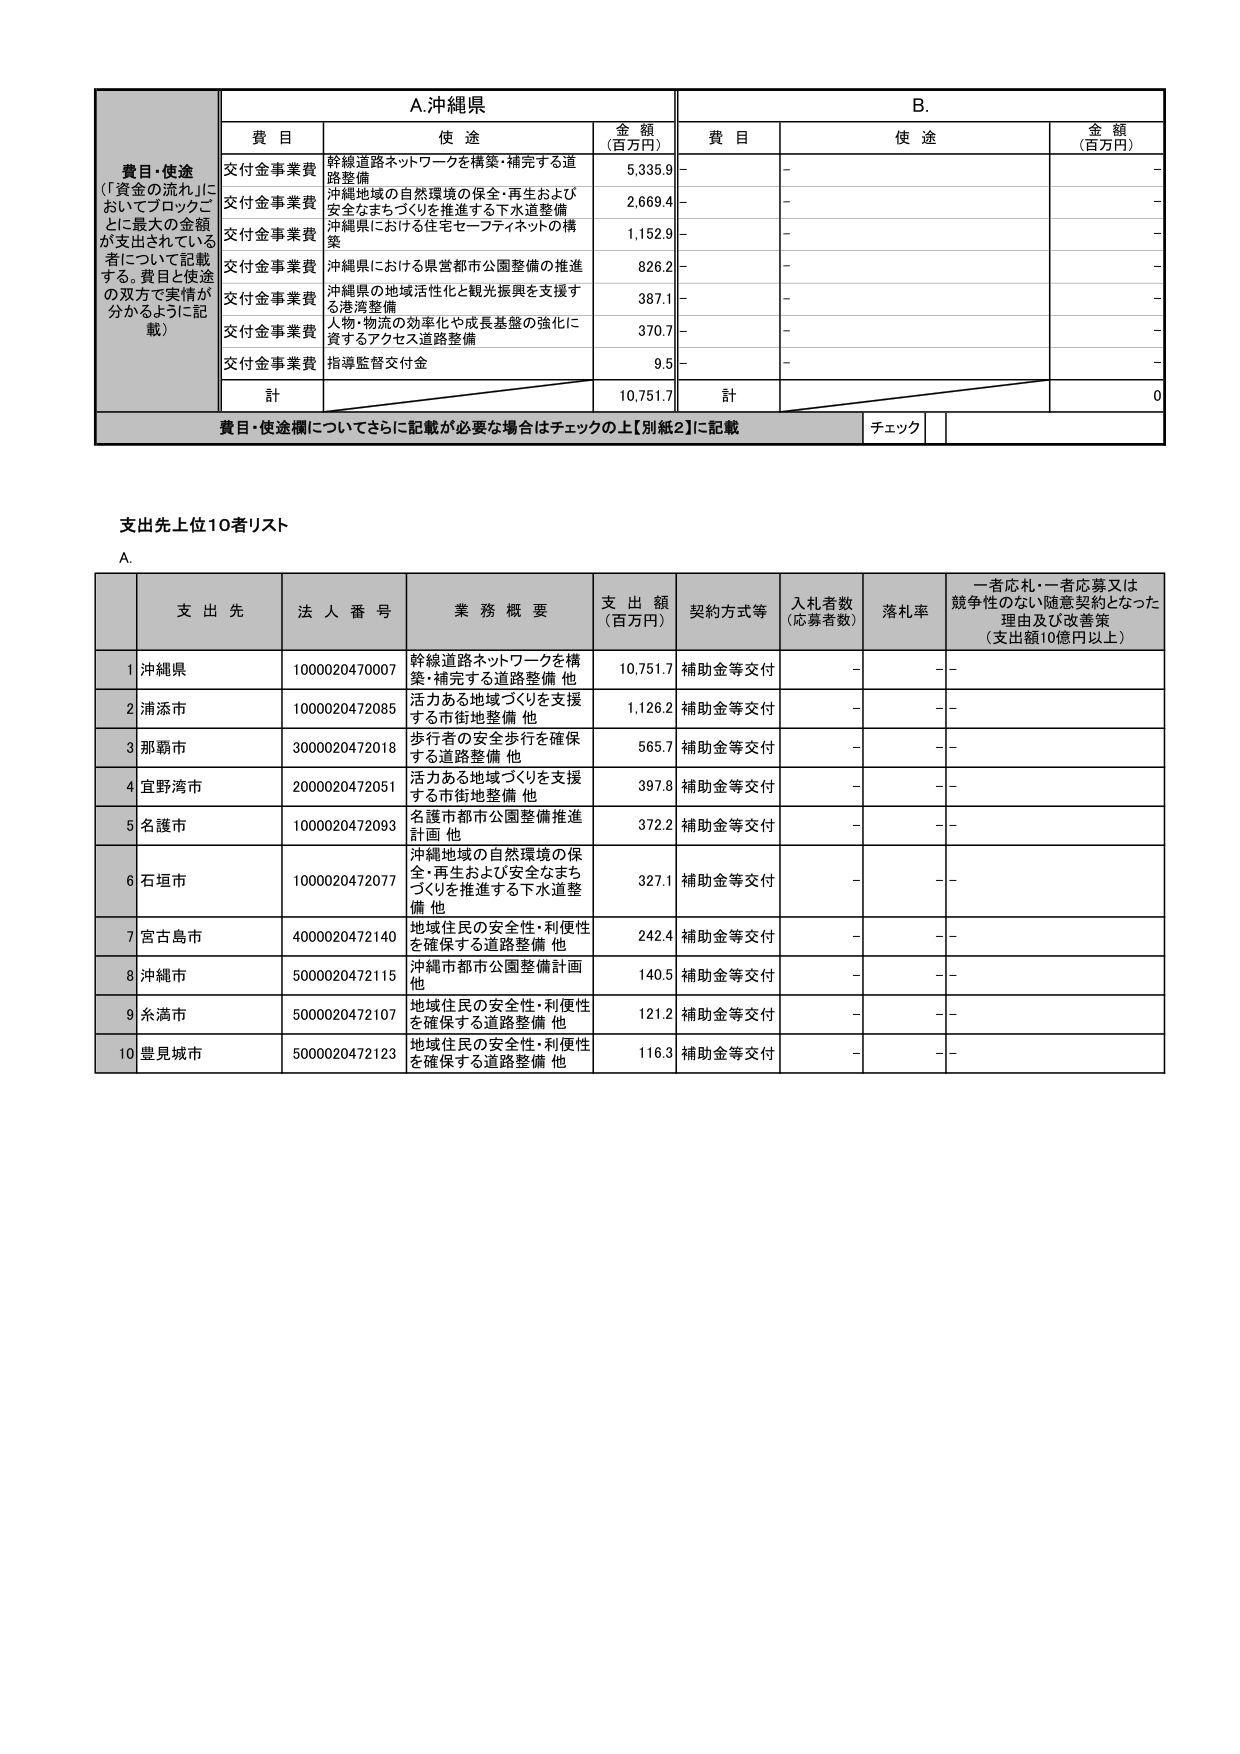
費目・使途
（「資金の流れ」においてブロックごとに最大の金額が支出されている者について記載する。費目と使途の双方で実情が分かるように記載）

A. 沖縄県
費目　使途　金額（百万円）
交付金事業費　幹線道路ネットワークを構築・補完する道路整備　5,335.9
交付金事業費　沖縄地域の自然環境の保全・再生および安全なまちづくりを推進する下水道整備　2,669.4
交付金事業費　沖縄県における住宅セーフティネットの構築　1,152.9
交付金事業費　沖縄県における県営都市公園整備の推進　826.2
交付金事業費　沖縄県の地域活性化と観光振興を支援する港湾整備　387.1
交付金事業費　人物・物流の効率化や成長基盤の強化に資するアクセス道路整備　370.7
交付金事業費　指導監督交付金　9.5
計　10,751.7

B.
費目　使途　金額（百万円）
－　－　－
－　－　－
－　－　－
－　－　－
－　－　－
－　－　－
－　－　－
計　0

費目・使途欄についてさらに記載が必要な場合はチェックの上【別紙2】に記載　チェック

支出先上位10者リスト

A.
支 出 先　法 人 番 号　業 務 概 要　支 出 額（百万円）　契約方式等　入札者数（応募者数）　落札率　一者応札・一者応募又は競争性のない随意契約となった理由及び改善策（支出額10億円以上）
1　沖縄県　1000020470007　幹線道路ネットワークを構築・補完する道路整備 他　10,751.7　補助金等交付　－　－　－
2　浦添市　1000020472085　活力ある地域づくりを支援する市街地整備 他　1,126.2　補助金等交付　－　－　－
3　那覇市　3000020472018　歩行者の安全歩行を確保する道路整備 他　565.7　補助金等交付　－　－　－
4　宜野湾市　2000020472051　活力ある地域づくりを支援する市街地整備 他　397.8　補助金等交付　－　－　－
5　名護市　1000020472093　名護市都市公園整備推進計画 他　372.2　補助金等交付　－　－　－
6　石垣市　1000020472077　沖縄地域の自然環境の保全・再生および安全なまちづくりを推進する下水道整備 他　327.1　補助金等交付　－　－　－
7　宮古島市　4000020472140　地域住民の安全性・利便性を確保する道路整備 他　242.4　補助金等交付　－　－　－
8　沖縄市　5000020472115　沖縄市都市公園整備計画 他　140.5　補助金等交付　－　－　－
9　糸満市　5000020472107　地域住民の安全性・利便性を確保する道路整備 他　121.2　補助金等交付　－　－　－
10　豊見城市　5000020472123　地域住民の安全性・利便性を確保する道路整備 他　116.3　補助金等交付　－　－　－